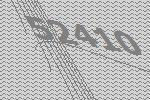
52410